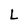
Character: L